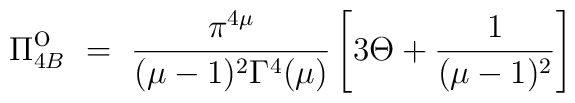
\Pi^{\mbox{o}}_{4B} ~=~ \frac{\pi^{4\mu}}{(\mu-1)^2\Gamma^4(\mu)} \left[3\Theta+ \frac{1}{(\mu-1)^2} \right]